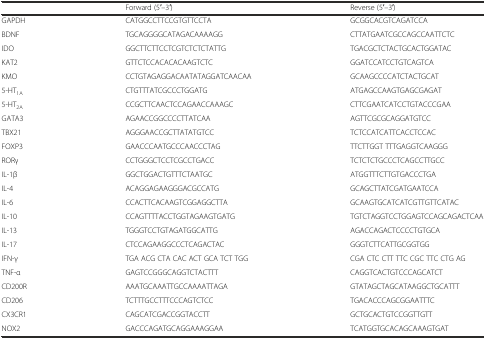
<table><thead><tr><td></td><td><b>Forward (5′–3′)</b></td><td><b>Reverse (5′–3′)</b></td></tr></thead><tbody><tr><td>GAPDH</td><td>CATGGCCTTCCGTGTTCCTA</td><td>GCGGCACGTCAGATCCA</td></tr><tr><td>BDNF</td><td>TGCAGGGGCATAGACAAAAGG</td><td>CTTATGAATCGCCAGCCAATTCTC</td></tr><tr><td>IDO</td><td>GGCTTCTTCCTCGTCTCTCTATTG</td><td>TGACGCTCTACTGCACTGGATAC</td></tr><tr><td>KAT2</td><td>GTTCTCCACACACAAGTCTC</td><td>GGATCCATCCTGTCAGTCA</td></tr><tr><td>KMO</td><td>CCTGTAGAGGACAATATAGGATCAACAA</td><td>GCAAGCCCCATCTACTGCAT</td></tr><tr><td>5-HT<sub>1A</sub></td><td>CTGTTTATCGCCCTGGATG</td><td>ATGAGCCAAGTGAGCGAGAT</td></tr><tr><td>5-HT<sub>2A</sub></td><td>CCGCTTCAACTCCAGAACCAAAGC</td><td>CTTCGAATCATCCTGTACCCGAA</td></tr><tr><td>GATA3</td><td>AGAACCGGCCCCTTATCAA</td><td>AGTTCGCGCAGGATGTCC</td></tr><tr><td>TBX21</td><td>AGGGAACCGCTTATATGTCC</td><td>TCTCCATCATTCACCTCCAC</td></tr><tr><td>FOXP3</td><td>GAACCCAATGCCCAACCCTAG</td><td>TTCTTGGT TTTGAGGTCAAGGG</td></tr><tr><td>RORγ</td><td>CCTGGGCTCCTCGCCTGACC</td><td>TCTCTCTGCCCTCAGCCTTGCC</td></tr><tr><td>IL-1β</td><td>GGCTGGACTGTTTCTAATGC</td><td>ATGGTTTCTTGTGACCCTGA</td></tr><tr><td>IL-4</td><td>ACAGGAGAAGGGACGCCATG</td><td>GCAGCTTATCGATGAATCCA</td></tr><tr><td>IL-6</td><td>CCACTTCACAAGTCGGAGGCTTA</td><td>GCAAGTGCATCATCGTTGTTCATAC</td></tr><tr><td>IL-10</td><td>CCAGTTTTACCTGGTAGAAGTGATG</td><td>TGTCTAGGTCCTGGAGTCCAGCAGACTCAA</td></tr><tr><td>IL-13</td><td>TGGGTCCTGTAGATGGCATTG</td><td>AGACCAGACTCCCCTGTGCA</td></tr><tr><td>IL-17</td><td>CTCCAGAAGGCCCTCAGACTAC</td><td>GGGTCTTCATTGCGGTGG</td></tr><tr><td>IFN-γ</td><td>TGA ACG CTA CAC ACT GCA TCT TGG</td><td>CGA CTC CTT TTC CGC TTC CTG AG</td></tr><tr><td>TNF-α</td><td>GAGTCCGGGCAGGTCTACTTT</td><td>CAGGTCACTGTCCCAGCATCT</td></tr><tr><td>CD200R</td><td>AAATGCAAATTGCCAAAATTAGA</td><td>GTATAGCTAGCATAAGGCTGCATTT</td></tr><tr><td>CD206</td><td>TCTTTGCCTTTCCCAGTCTCC</td><td>TGACACCCAGCGGAATTTC</td></tr><tr><td>CX3CR1</td><td>CAGCATCGACCGGTACCTT</td><td>GCTGCACTGTCCGGTTGTT</td></tr><tr><td>NOX2</td><td>GACCCAGATGCAGGAAAGGAA</td><td>TCATGGTGCACAGCAAAGTGAT</td></tr></tbody></table>